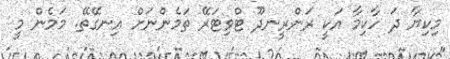
މިކިޔާ ދަ ހާކިމާ އަކީ ރަންރީނދޫ ޓްވިޓަރޭ ތަމެންނަށް އިނގޭތޭ. މަމެން މީ